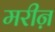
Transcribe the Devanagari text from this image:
मरीऩ